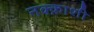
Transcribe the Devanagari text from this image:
नक्क़ाशी